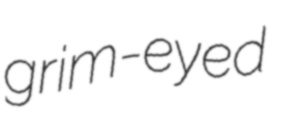
grim-eyed